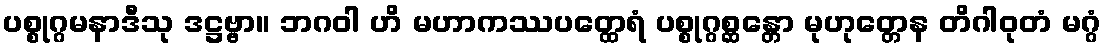
ပစ္စုဂ္ဂမနာဒီသု ဒဋ္ဌဗ္ဗာ။ ဘဂဝါ ဟိ မဟာကဿပတ္ထေရံ ပစ္စုဂ္ဂစ္ဆန္တော မုဟုတ္တေန တိဂါဝုတံ မဂ္ဂံ